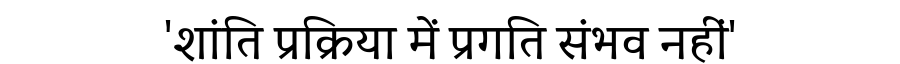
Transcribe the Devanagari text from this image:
'शांति प्रक्रिया में प्रगति संभव नहीं'